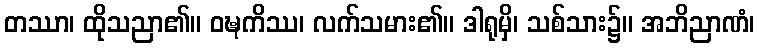
တဿာ၊ ထိုသညာ၏။ ဝဍ္ဎကိဿ၊ လက်သမား၏။ ဒါရုမှိ၊ သစ်သား၌။ အဘိညာဏံ၊